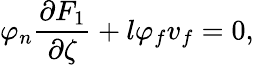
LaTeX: \varphi_{n}\frac{\partial F_{1}}{\partial\zeta}+l\varphi_{f}v_{f}=0,